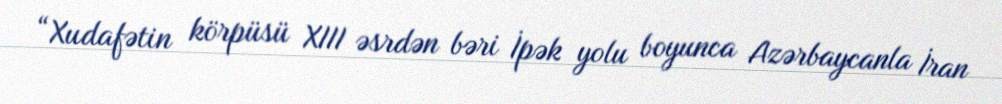
“Xudafətin körpüsü XIII əsrdən bəri İpək yolu boyunca Azərbaycanla İran